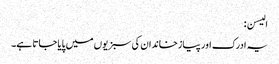
الیسن:
یہ ادرک اور پیازخاندان کی سبزیوں میں پایا جاتا ہے۔